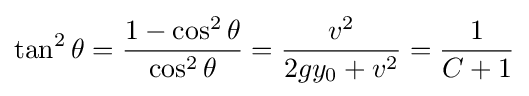
\tan ^{2}\theta ={\frac {1-\cos ^{2}\theta }{\cos ^{2}\theta }}={\frac {v^{2}}{2gy_{0}+v^{2}}}={\frac {1}{C+1}}